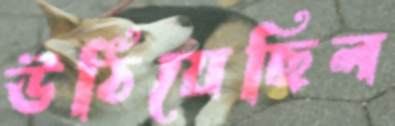
উঠিয়েছিল